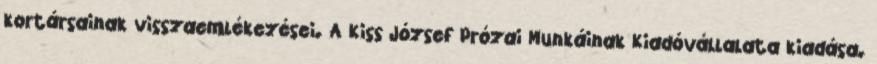
kortársainak visszaemlékezései. A Kiss József Prózai Munkáinak Kiadóvállalata kiadása.